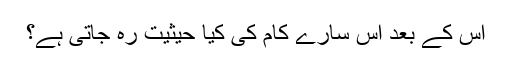
اس کے بعد اس سارے کام کی کیا حیثیت رہ جاتی ہے؟